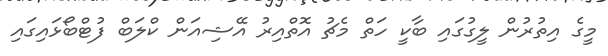
މީގެ އިތުރުން ލީގުގައި ބާކީ ހަތް މެޗު އޮތްއިރު އޭޝިއަން ކްލަބް ފުޓްބޯޅައިގައި